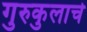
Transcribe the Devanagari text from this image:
गुरुकुलाचे